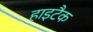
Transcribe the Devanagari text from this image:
हाइटैक